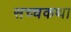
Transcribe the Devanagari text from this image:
सच्चकथा